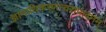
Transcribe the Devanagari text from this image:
ज्ञानाधिकरणत्वसंपादनम्